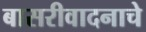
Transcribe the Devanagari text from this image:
बासरीवादनाचे